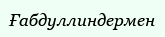
Ғабдуллиндермен